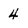
Character: 4